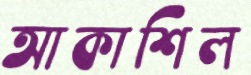
আকাশিল